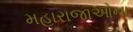
મહારાજાઓના